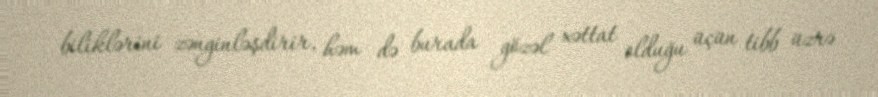
biliklərini zənginləşdirir, həm də burada gözəl xəttat olduğu üçün tibb üzrə